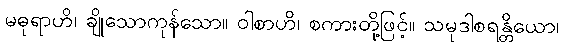
မဓုရာဟိ၊ ချိုသောကုန်သော။ ဝါစာဟိ၊ စကားတို့ဖြင့်။ သမုဒါစရန္တိယော၊